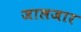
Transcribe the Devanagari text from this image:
जालजार